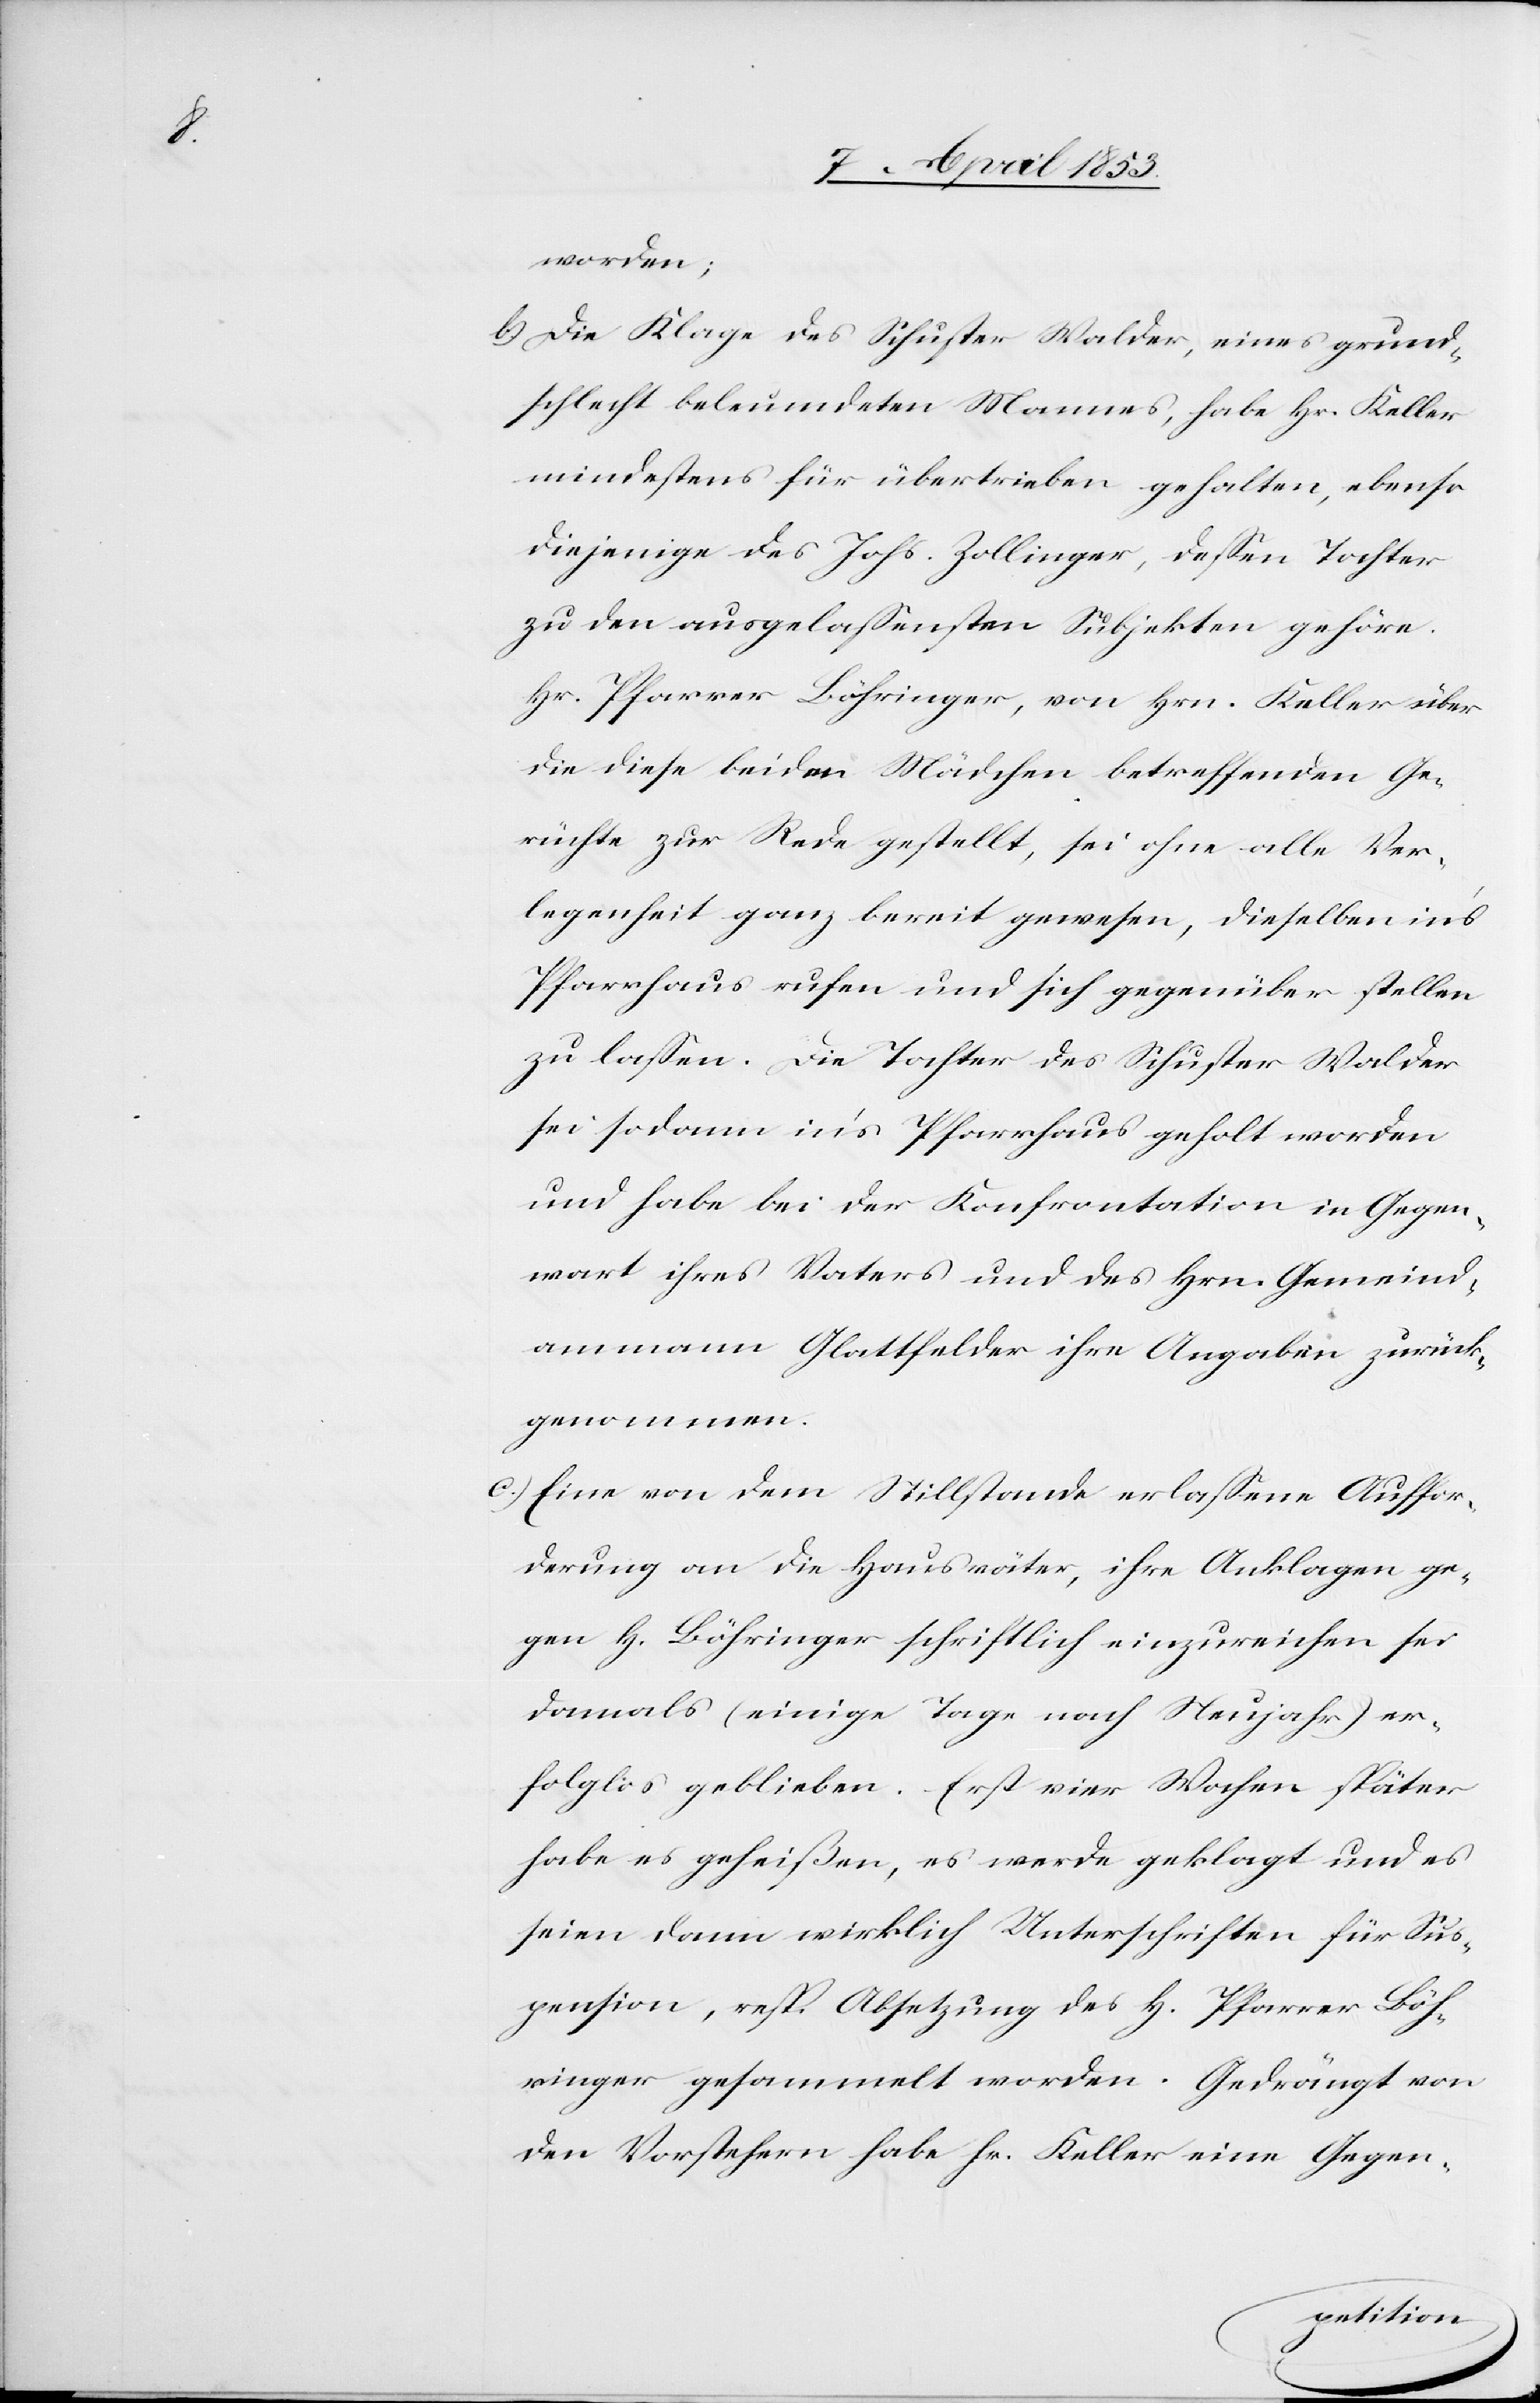
worden;
b) Die Klage des Schuster Walder, eines grund¬
schlecht beleumdeten Mannes, habe Hr. Keller
mindestens für übertrieben gehalten, ebenso
diejenige des Johs. Zollinger, deßen Tochter
zu den ausgelaßensten Subjekten gehöre.
Hr. Pfarrer Löhringer, von Hrn. Keller über
die diese beiden Mädchen betreffenden Ge¬
rüchte zur Rede gestellt, sei ohne alle Ver¬
legenheit ganz bereit gewesen, dieselben ins
Pfarrhaus rufen und sich gegenüber stellen
zu laßen. Die Tochter des Schuster Walder
sei sodann in’s Pfarrhaus geholt worden
und habe bei der Konfrontation in Gegen¬
wart ihres Vaters und des Hrn. Gemeind¬
ammann Glattfelder ihre Angaben zurück¬
genommen.
c.) Eine von dem Stillstande erlaßene Auffor¬
derung an die Hausväter, ihre Anklagen ge¬
gen H[errn] Löhringer schriftlich einzureichen sei
damals (einige Tage nach Neujahr) er¬
folglos geblieben. Erst vier Wochen später
habe es geheißen, es werde geklagt und es
seien dann wirklich Unterschriften für die Sus¬
pension, resp. Absetzung des H[errn] Pfarrer Löh¬
ringer gesammelt worden. Gedrängt von
den Vorstehern habe Hr. Keller eine Gegen-